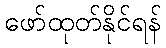
ဖော်ထုတ်နိုင်ရန်